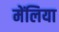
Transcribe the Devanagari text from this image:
मेंलिया